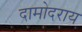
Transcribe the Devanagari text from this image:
दामोदराय